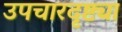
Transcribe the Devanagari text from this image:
उपचारदृष्ट्या